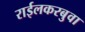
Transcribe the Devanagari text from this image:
राईलकरबुवा